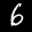
Label: 6